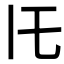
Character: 𪜈